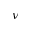
\nu